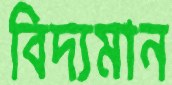
বিদ্যমান